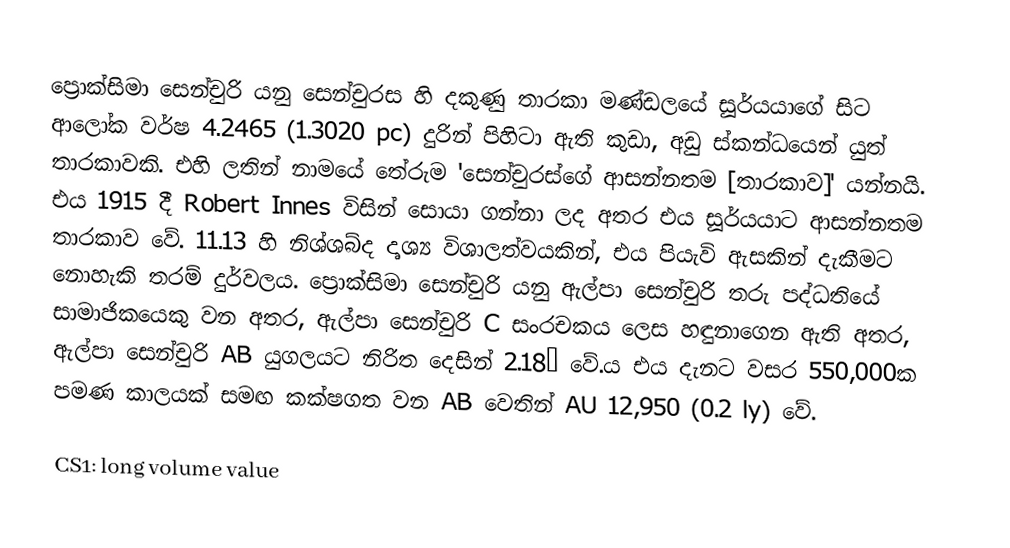
ප්‍රොක්සිමා සෙන්චුරි යනු සෙන්චුරස හි දකුණු තාරකා මණ්ඩලයේ සූර්යයාගේ සිට ආලෝක වර්ෂ 4.2465 (1.3020 pc) දුරින් පිහිටා ඇති කුඩා, අඩු ස්කන්ධයෙන් යුත් තාරකාවකි. එහි ලතින් නාමයේ තේරුම 'සෙන්චුරස්ගේ ආසන්නතම [තාරකාව]' යන්නයි. එය 1915 දී Robert Innes විසින් සොයා ගන්නා ලද අතර එය සූර්යයාට ආසන්නතම තාරකාව වේ. 11.13 හි නිශ්ශබ්ද දෘශ්‍ය විශාලත්වයකින්, එය පියැවි ඇසකින් දැකීමට නොහැකි තරම් දුර්වලය. ප්‍රොක්සිමා සෙන්චුරි යනු ඇල්පා සෙන්චුරි තරු පද්ධතියේ සාමාජිකයෙකු වන අතර, ඇල්පා සෙන්චුරි C සංරචකය ලෙස හඳුනාගෙන ඇති අතර, ඇල්පා සෙන්චුරි AB යුගලයට නිරිත දෙසින් 2.18° වේ.ය එය දැනට වසර 550,000ක පමණ කාලයක් සමඟ කක්ෂගත වන AB වෙතින් AU 12,950 (0.2 ly) වේ.

CS1: long volume value